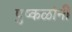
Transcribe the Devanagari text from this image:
पुष्कळांनीं